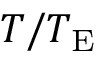
T / T _ { \mathrm { { E } } }